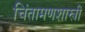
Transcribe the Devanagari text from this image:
चिंतामणशास्त्री